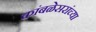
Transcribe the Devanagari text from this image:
कांबळेसरांच्या